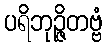
ပရိဘုဉ္ဇိတဗ္ဗံ